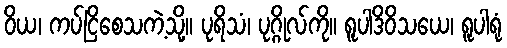
ဝိယ၊ ကပ်ငြိစေသကဲ့သို့။ ပုရိသံ၊ ပုဂ္ဂိုလ်ကို။ ရူပါဒိဝိသယေ၊ ရူပါရုံ